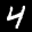
Label: 4